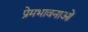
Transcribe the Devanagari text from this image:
प्रेमभावनाओं